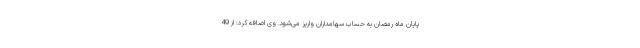
پایان ماه رمضان به حساب سهامداران واریز می‌شود. وی اضافه کرد: از 49